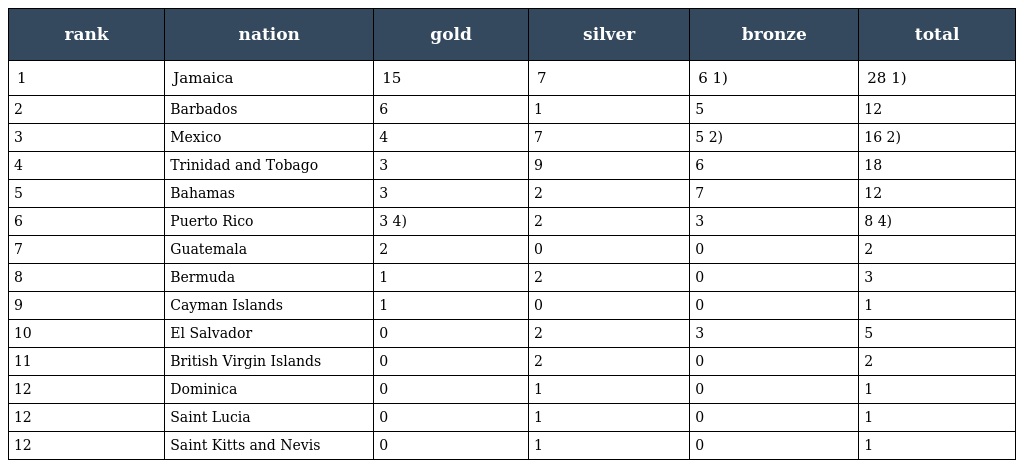
| rank | nation | gold | silver | bronze | total |
 | --- | --- | --- | --- | --- | --- |
 | 1 | Jamaica | 15 | 7 | 6 1) | 28 1) |
 | 2 | Barbados | 6 | 1 | 5 | 12 |
 | 3 | Mexico | 4 | 7 | 5 2) | 16 2) |
 | 4 | Trinidad and Tobago | 3 | 9 | 6 | 18 |
 | 5 | Bahamas | 3 | 2 | 7 | 12 |
 | 6 | Puerto Rico | 3 4) | 2 | 3 | 8 4) |
 | 7 | Guatemala | 2 | 0 | 0 | 2 |
 | 8 | Bermuda | 1 | 2 | 0 | 3 |
 | 9 | Cayman Islands | 1 | 0 | 0 | 1 |
 | 10 | El Salvador | 0 | 2 | 3 | 5 |
 | 11 | British Virgin Islands | 0 | 2 | 0 | 2 |
 | 12 | Dominica | 0 | 1 | 0 | 1 |
 | 12 | Saint Lucia | 0 | 1 | 0 | 1 |
 | 12 | Saint Kitts and Nevis | 0 | 1 | 0 | 1 |